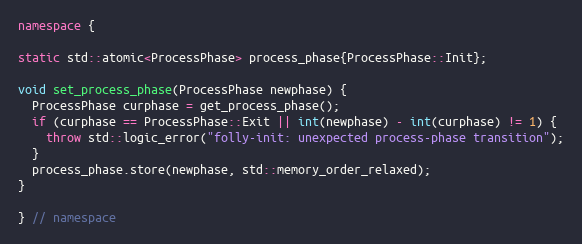
Language: C++
namespace {

static std::atomic<ProcessPhase> process_phase{ProcessPhase::Init};

void set_process_phase(ProcessPhase newphase) {
  ProcessPhase curphase = get_process_phase();
  if (curphase == ProcessPhase::Exit || int(newphase) - int(curphase) != 1) {
    throw std::logic_error("folly-init: unexpected process-phase transition");
  }
  process_phase.store(newphase, std::memory_order_relaxed);
}

} // namespace